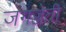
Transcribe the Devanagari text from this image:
जगज्जेती